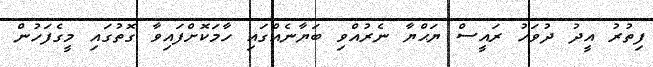
ފިތުރު އީދު ދުވަހު ރައީސް ޔަޙްޔާ ނެރުއްވި ބަޔާނެއްގައި ހާމަކޮށްފައިވާ ގޮތުގައި މީގެފަހުން